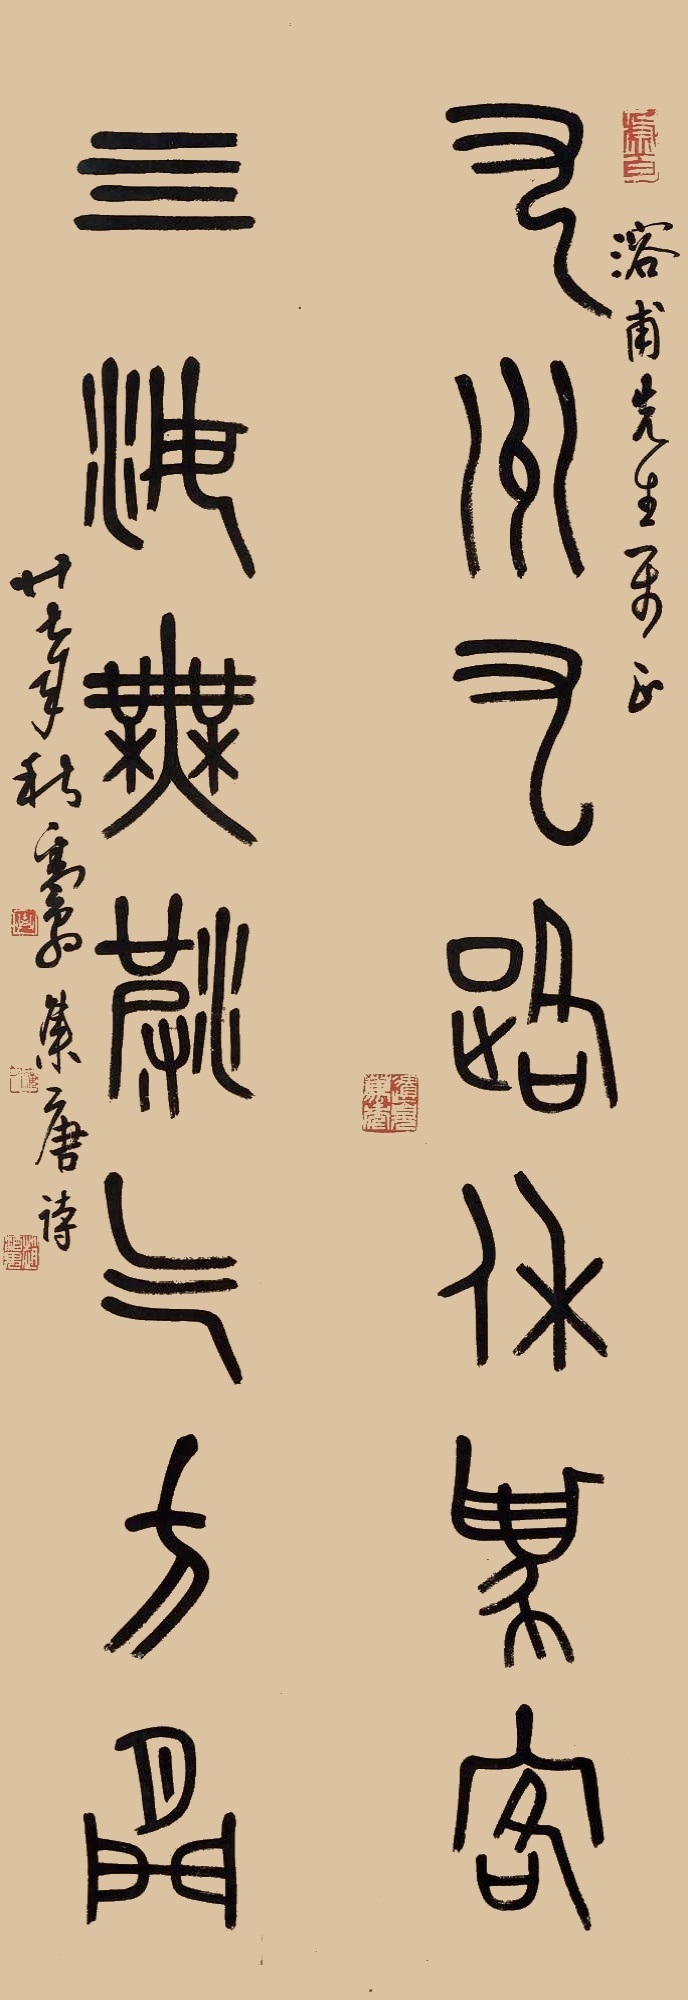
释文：九州有路休为客，四海无波乞放闲。溶甫先生属正，廿七年秋粪翁集唐诗。